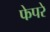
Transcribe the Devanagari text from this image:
फेपरे